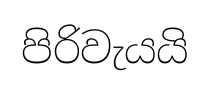
පිරිවැයයි